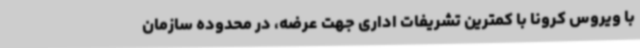
با ویروس کرونا با کمترین تشریفات اداری جهت عرضه، در محدوده سازمان